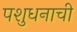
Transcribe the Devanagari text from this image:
पशुधनाची